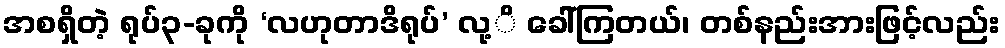
အစရှိတဲ့ ရုပ်၃-ခုကို ‘လဟုတာဒိရုပ်’ လု့ိ ခေါ်ကြတယ်၊ တစ်နည်းအားဖြင့်လည်း